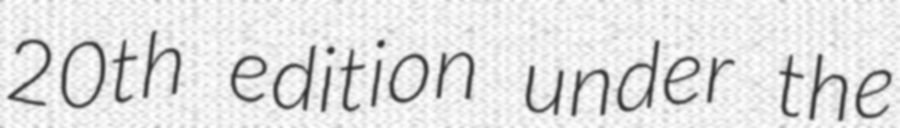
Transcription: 20th edition under the